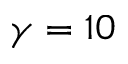
\gamma = 1 0